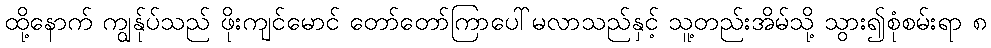
ထို့နောက် ကျွန်ုပ်သည် ဖိုးကျင်မောင် တော်တော်ကြာပေါ်မလာသည်နှင့် သူ့တည်းအိမ်သို့ သွား၍စုံစမ်းရာ ၈